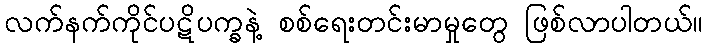
လက်နက်ကိုင်ပဋိပက္ခနဲ့ စစ်ရေးတင်းမာမှုတွေ ဖြစ်လာပါတယ်။